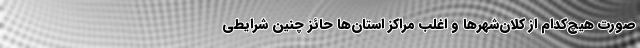
صورت هیچ‌کدام از کلان‌شهرها و اغلب مراکز استان‌ها حائز چنین شرایطی